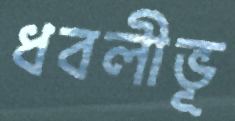
ধবলীভূ